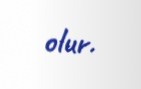
olur.